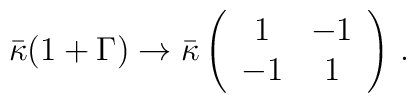
\bar\kappa(1+\Gamma) \to \bar\kappa \left(\begin{array}{cc}  1  & -1 \\ -1  &  1 \\\end{array}\right)\, .